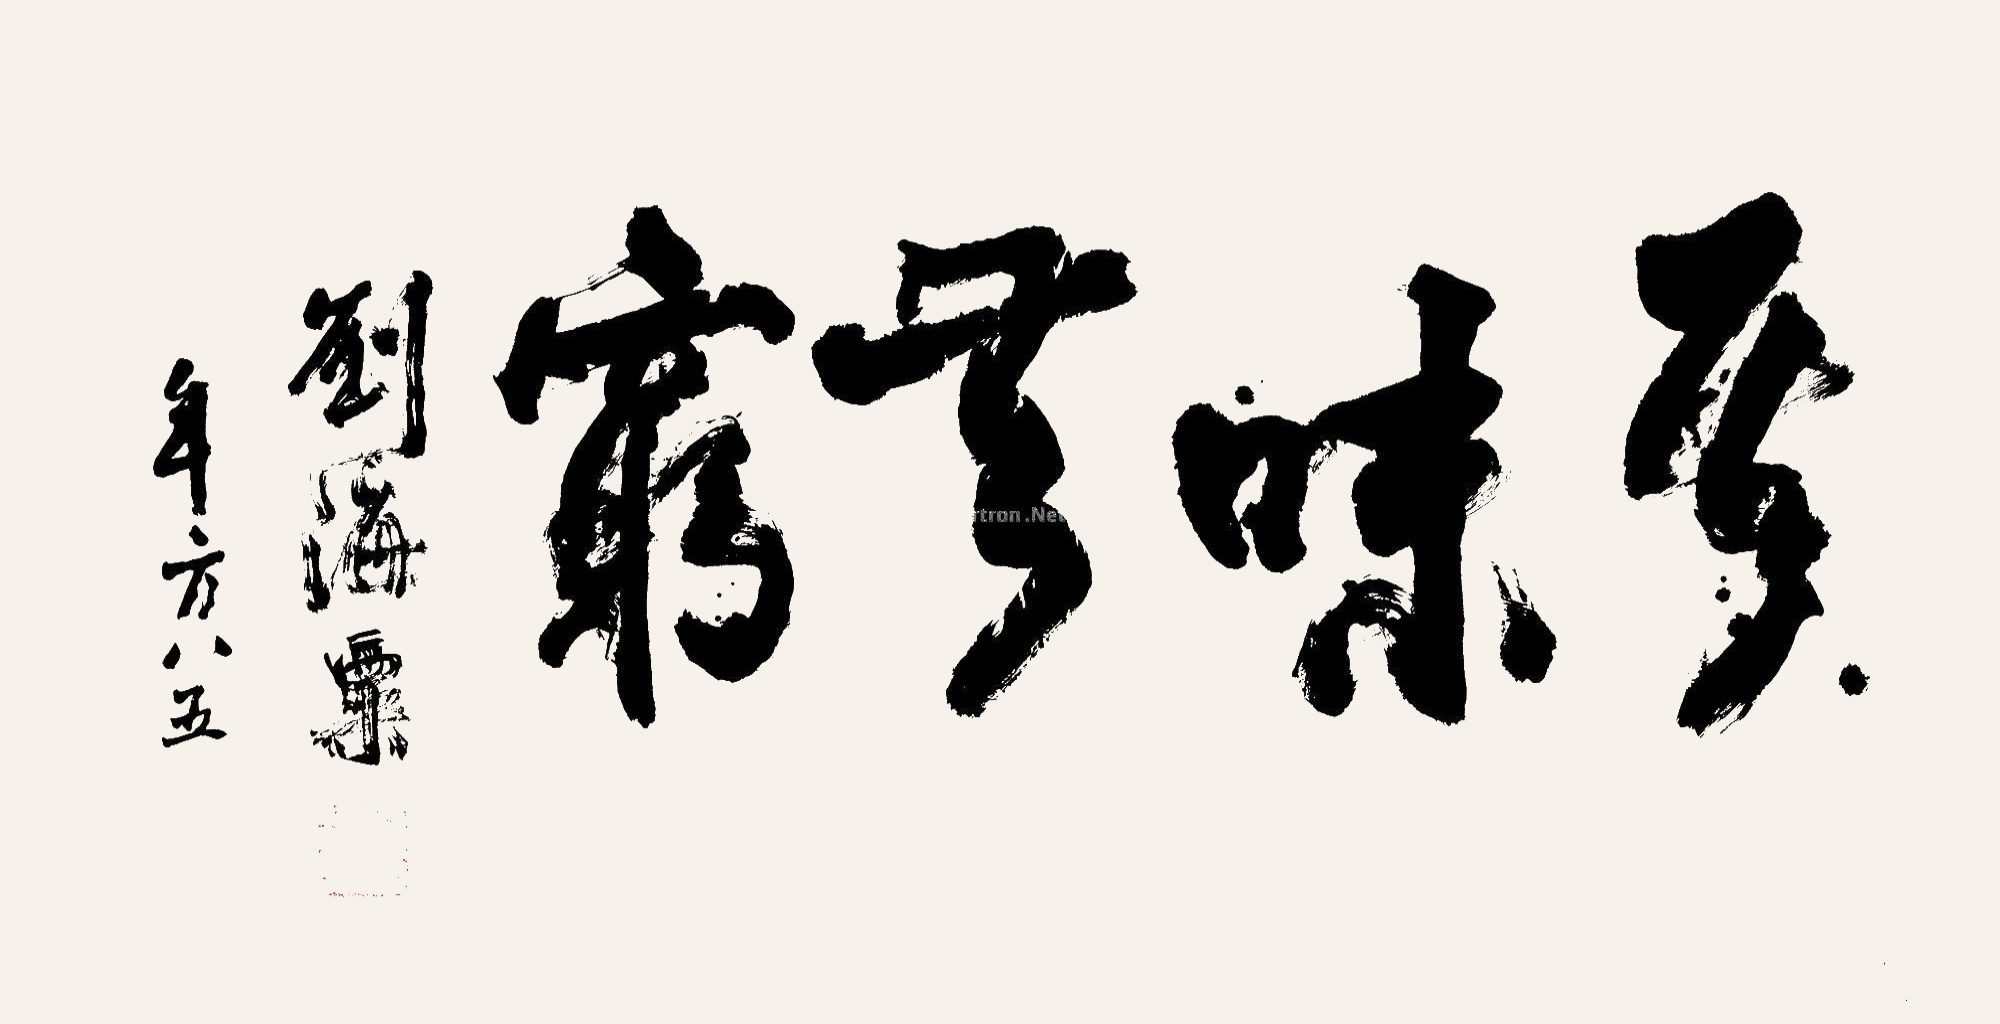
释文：其味无穷刘海粟年方八五。